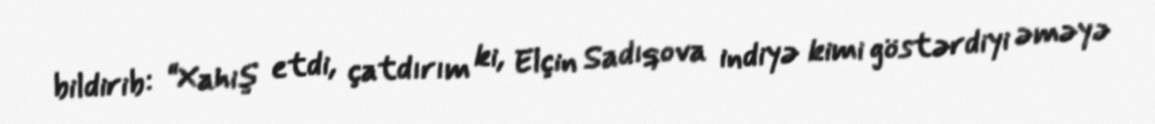
bildirib: “Xahiş etdi, çatdırım ki, Elçin Sadıqova indiyə kimi göstərdiyi əməyə